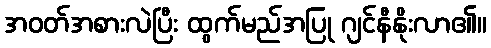
အဝတ်အစားလဲပြီး ထွက်မည်အပြု ဂျင်နီနိုးလာ၏။